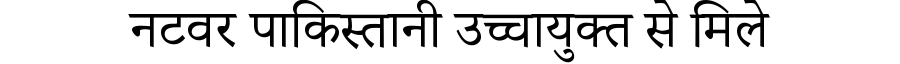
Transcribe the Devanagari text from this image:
नटवर पाकिस्तानी उच्चायुक्त से मिले